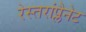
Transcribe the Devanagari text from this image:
रेस्तरांप्लैनेट